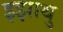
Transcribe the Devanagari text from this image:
इझाथु